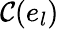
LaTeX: \mathcal{C}(e_{l})